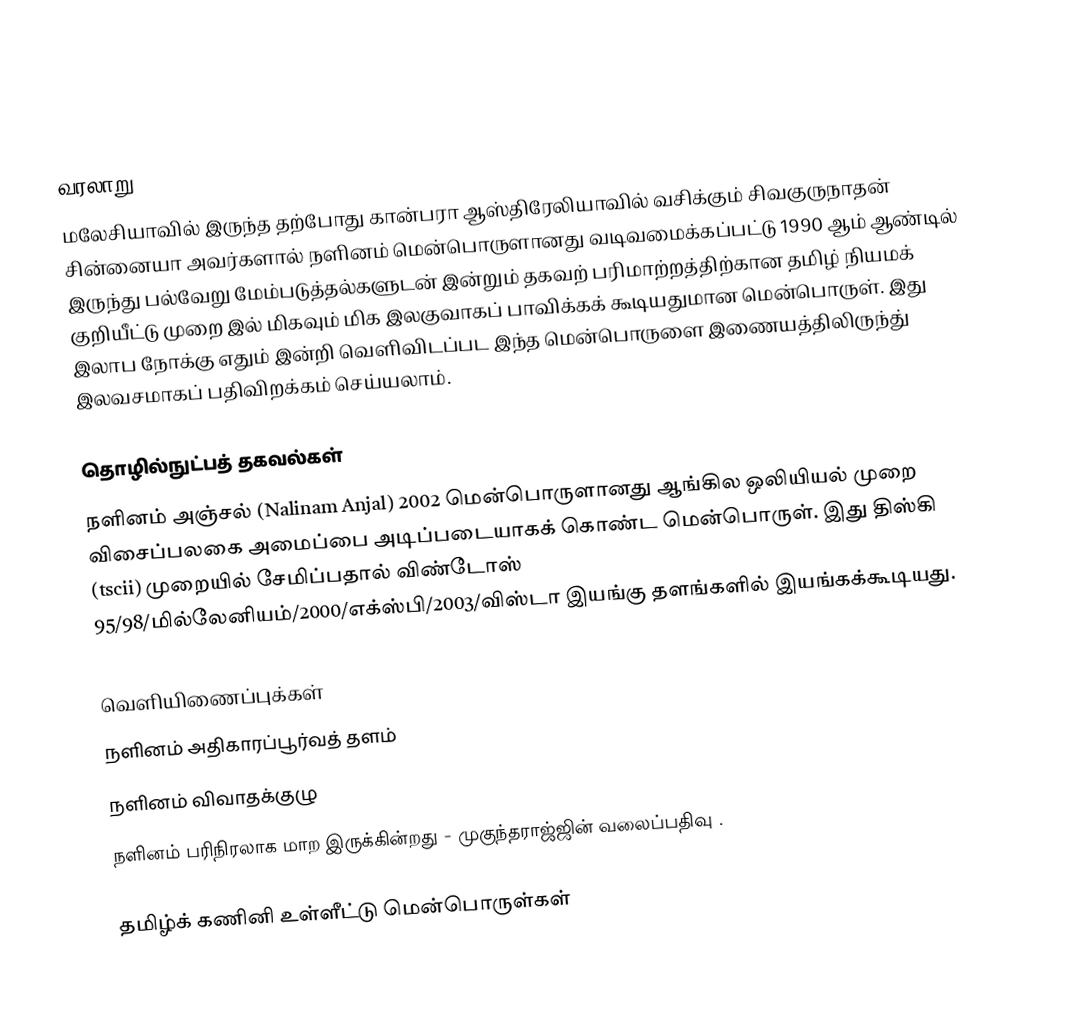

வரலாறு
மலேசியாவில் இருந்த தற்போது கான்பரா ஆஸ்திரேலியாவில் வசிக்கும் சிவகுருநாதன் சின்னையா அவர்களால் நளினம் மென்பொருளானது வடிவமைக்கப்பட்டு 1990 ஆம் ஆண்டில் இருந்து பல்வேறு மேம்படுத்தல்களுடன் இன்றும் தகவற் பரிமாற்றத்திற்கான தமிழ் நியமக் குறியீட்டு முறை இல் மிகவும் மிக இலகுவாகப் பாவிக்கக் கூடியதுமான மென்பொருள். இது இலாப நோக்கு எதும் இன்றி வெளிவிடப்பட இந்த மென்பொருளை இணையத்திலிருந்து் இலவசமாகப் பதிவிறக்கம் செய்யலாம்.

தொழில்நுட்பத் தகவல்கள்
நளினம் அஞ்சல் (Nalinam Anjal) 2002 மென்பொருளானது ஆங்கில ஒலியியல் முறை விசைப்பலகை அமைப்பை அடிப்படையாகக் கொண்ட மென்பொருள். இது திஸ்கி (tscii) முறையில் சேமிப்பதால் விண்டோஸ் 95/98/மில்லேனியம்/2000/எக்ஸ்பி/2003/விஸ்டா இயங்கு தளங்களில் இயங்கக்கூடியது.

வெளியிணைப்புக்கள்
நளினம் அதிகாரப்பூர்வத் தளம்
நளினம் விவாதக்குழு
நளினம் பரிநிரலாக மாற இருக்கின்றது - முகுந்தராஜ்ஜின் வலைப்பதிவு .

தமிழ்க் கணினி உள்ளீட்டு மென்பொருள்கள்